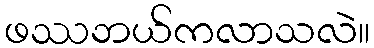
ဖဿဘယ်ကလာသလဲ။